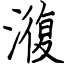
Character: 澓